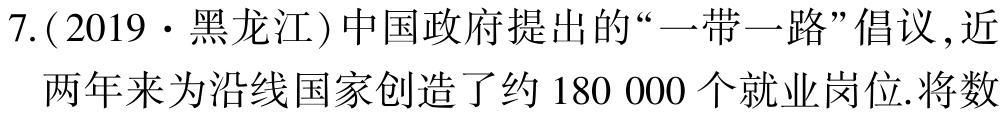
7.(2019·黑龙江)中国政府提出的“一带一路”倡议,近两年来为沿线国家创造了约 180 000 个就业岗位.将数